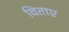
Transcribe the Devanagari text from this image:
विताए